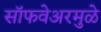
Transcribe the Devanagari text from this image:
सॉफवेअरमुळे